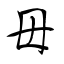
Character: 毋